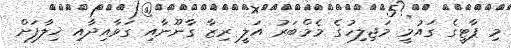
މި ޕާޓީގެ ގައުމީ މަޖިލިހުގެ މެމްބަރު އަލީ ރިޒާ ގާނޫނާއި ގަވާއިދާއި ޚިލާފަށް